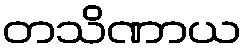
တသိဏာယ